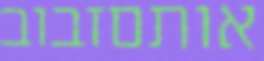
אותםזבוב